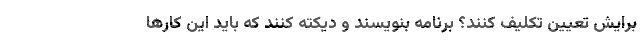
برایش تعیین تکلیف کنند؟ برنامه بنویسند و دیکته کنند که باید این کارها